[Report on the health of British troops in the Madras command]
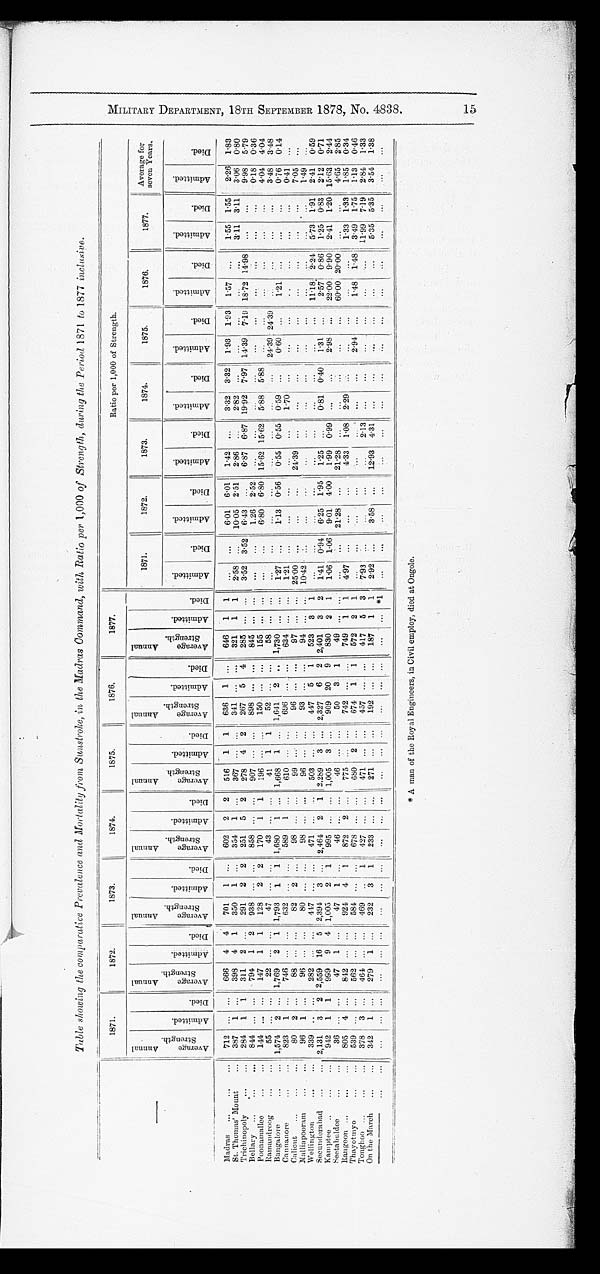
MILITARY DEPARTMENT, 18TH SEPTEMBER 1878, No. 4838.
15
Table showing the comparative Prevalence and Mortality from Sunstroke, in the Madras Command, with Ratio per 1,000 of Strength , during the Period 1871 to 1877 .inclusive.
1 8 7 1 .
1872·
1873·
1874.
1875·
1 8 7 6 .
1877.
Ratio per 1,000 of Strength.
—
A v e r a g e A n n n a l S t r e n g h t
A d m i t e d t
D i e d . A v e r a g e A n n n a l S t r e n g h t
Admitedt
D i e d .
Av e r ag e Annnal St r e ng ht
Ad mi t e d t
D i e d .
A v e r a g e A n n n a l S t r e n g h t
A d m i t e d t
•
D i e d .
A v e r a g e A n n n a l S t r e n g h t
A d m i t e d t
D i e d .
Aver age Annnal St r enght
A d m i t e d t
D i e d .
A v e r a g e A n n n a l S t r e n g h t
A d m i t e d t
D i e d .
1871.
1872·
1873.
1874·
1875·
1876.
1877.
Average for
seven Years.
A d m i t e d t
D i e d .
A d m i t e d t
D i e d .
A d m i t e d t
D i e d .
A d m i t e d t
D i e d .
A d m i t e d t
D i e d .
A d m i t e d t
Died.
A d m i t e d t
D i e d .
A d m i t e d t
D i e d .
Madras
712
666
4
4
701
1
602
2
2
516
1
1
636
1
646
1
1
6·01
6·01
1·42
3·32
3·32
1·93
1·93
1·57
1·55
1·55
2·26
1·83
St· Thomas' Mount
387
1
398
4
1
350
1
354
1
367
341
321
1
1
2·58
10·05
2·51
2·86
2·82
3·11
3·11
3·06
0·80
Trichinopoly
284
1
1
311
2
291
2
2
251
5
2
278
4
2
267
5
4
285
3·52
3·52
6·43
6·87
6·87 19·92
7·97 14·39
7·19 18·72 14·98
9·98
5·79
B e l l a r y
844
794
1
2
938
858
007
898
845
1 · 2 6
2·52
0·18
0·36
Poonamallee
144
147
1
1
128
2
2
170
1
1
196
150
155
6·80
6·80
15·62 15·62
5·88
5·88
4·04
4·04
Ramandroog
55
22
47
43
41
1
1
52
5 8
24·39 24·39
3·48
3·48
Bangalore
1 , 5 7 4
2
1,769
2
1
1,793
1
1
1 , 6 8 0
1
1,668
1
1,641
2
1,730
1·27
1·13
0·56 0·55
0·55
0 · 5 9
0·60
1·21
0·76
0·14
Cannanore
8 2 3
1
746
632
589
1
610
6 9 6
6 3 4
1·70
0·41
Calicut
8 0
2
88
82
2
98
99
96
97
25·00
24·39
7·05
Malliapooram
9 6
1
96
80
98
96
93
94
10·42
1·49
Wellington
3 3 9
282
447
471
503
447
5
1
523
3
1
1 1 · 1 8
2 · 2 4
5·73
1·91
2·41
0·59
Se c unde r a ba
2 , 1 3 1 3
2 2,559 16
5 2,394
3
2,464
2
1 2,289
3
2,327
6
2 2,401
3
2
1·41
0·94
6·25
1·95 1·25
0·81
0·40
1·31
2·57
0·86 1·25
0·83
2·12
0·71
Ka mp t e e
9 4 2
1
1
999
9
4 1,005
2
1
995
1,005
3
909
20
9
830
2
1
1,06
1·06
9·01
4 · 0 0
1·99
0·99
2 · 9 8
22·00
9·90
2·41
1·20 15·63
2·44
Seet abul dee
36
47
1
47
1
4 6
50
3
1
49
21·28
21·28
60·00 20·00
4·65
2·85
Ra n g o o n
805
4
842
921
4
1
8 7 2
2
775
742
7 4 9
1
1
4·97
4·33
1·08
2·29
1·33
1·33
1·85
0·34
Thayotmyo
539
562
584
6 7 8
680 2
674
1
1
572
2
1
2·94
1·48
1·48
3·49
1·75
1·13
0·46
T o n g h o o
378
3
464
469
1
427
471
4 5 7
417
5
3
7·93
2·13
11·99
7·19
2·84
1·33
On the March
342
1
279
1
232
3
1
233
271
1 9 2
187
1
1
2·92
3·58
12·93
4·31
5·35
5·35
3·54
1·38
1
* A man of the Royal Engineers, in Civil employ, died at Ongole.
M I L I T A R Y D E P A R T M E N T , 1 8 T H S E P T E M B E R 1 8 7 8 , N o . 4 8 3 8 . 1 5